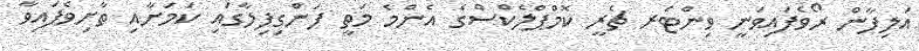
އަލިފާން ރޯވެފައިވަނީ ވިންޓަރ ޗެރީ ކޮމްޕްލެކްސްގެ އެންމެ މަތީ ފަންގިފިލާގައި ކަމަށާއި ތާށިވެފައިވާ